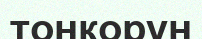
тонкорун